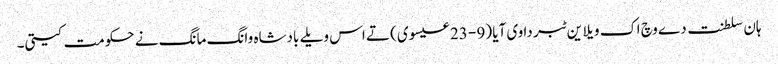
ہان سلطنت دے وچ اک ویلا ین ٹبر دا وی آیا (9 - 23 عیسوی) تے اس ویلے بادشاہ وانگ مانگ نے حکومت کیتی۔